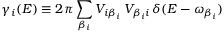
\gamma _ { i } ( E ) \equiv 2 \pi \sum _ { \beta _ { i } } V _ { i \beta _ { i } } \, V _ { \beta _ { i } i } \, \delta ( E - \omega _ { \beta _ { i } } )